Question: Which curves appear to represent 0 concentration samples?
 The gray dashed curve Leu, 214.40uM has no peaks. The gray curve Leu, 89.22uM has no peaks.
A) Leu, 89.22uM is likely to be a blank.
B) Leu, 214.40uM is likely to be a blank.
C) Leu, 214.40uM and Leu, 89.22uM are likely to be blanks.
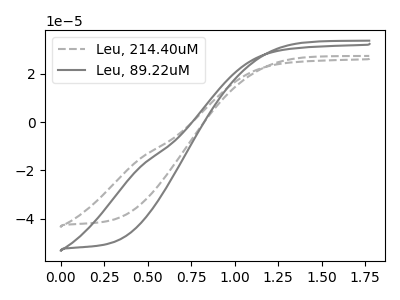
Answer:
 <answer>C) "Leu, 214.40uM" and "Leu, 89.22uM" are likely to be blanks.</answer>
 <eval>C</eval>